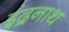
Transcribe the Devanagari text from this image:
इंद्रनाथ